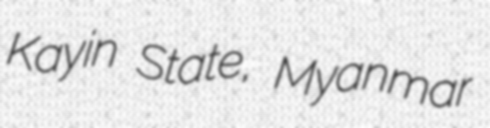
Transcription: Kayin State, Myanmar